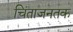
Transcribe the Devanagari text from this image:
चिंताजनतक